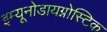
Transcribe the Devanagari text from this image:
इम्यूनोडायग्नोस्टिक